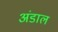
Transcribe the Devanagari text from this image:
अंडाल